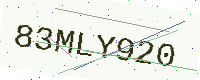
Text: 83MLY920